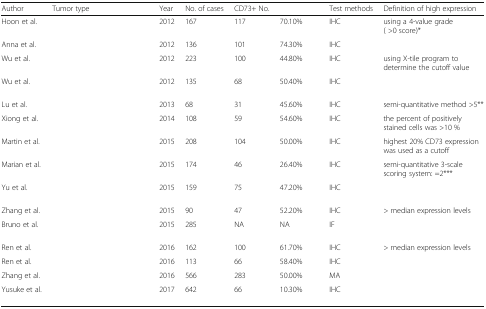
<table><thead><tr><td><b>Author</b></td><td><b>Tumor type</b></td><td><b>Year</b></td><td><b>No. of cases</b></td><td><b>CD73+ No.</b></td><td>[EMPTY_CELL]</td><td><b>Test methods</b></td><td><b>Definition of high expression</b></td></tr></thead><tbody><tr><td>Hoon et al.</td><td>[EMPTY_CELL]</td><td>2012</td><td>167</td><td>117</td><td>70.10%</td><td>IHC</td><td>using a 4-value grade ( &gt;0 score)*</td></tr><tr><td>Anna et al.</td><td>[EMPTY_CELL]</td><td>2012</td><td>136</td><td>101</td><td>74.30%</td><td>IHC</td><td>[EMPTY_CELL]</td></tr><tr><td>Wu et al.</td><td>[EMPTY_CELL]</td><td>2012</td><td>223</td><td>100</td><td>44.80%</td><td>IHC</td><td>using X-tile program to determine the cutoff value</td></tr><tr><td>Wu et al.</td><td>[EMPTY_CELL]</td><td>2012</td><td>135</td><td>68</td><td>50.40%</td><td>IHC</td><td>[EMPTY_CELL]</td></tr><tr><td>Lu et al.</td><td>[EMPTY_CELL]</td><td>2013</td><td>68</td><td>31</td><td>45.60%</td><td>IHC</td><td>semi-quantitative method &gt;5**</td></tr><tr><td>Xiong et al.</td><td>[EMPTY_CELL]</td><td>2014</td><td>108</td><td>59</td><td>54.60%</td><td>IHC</td><td>the percent of positively stained cells was &gt;10 %</td></tr><tr><td>Martin et al.</td><td>[EMPTY_CELL]</td><td>2015</td><td>208</td><td>104</td><td>50.00%</td><td>IHC</td><td>highest 20% CD73 expression was used as a cutoff</td></tr><tr><td>Marian et al.</td><td>[EMPTY_CELL]</td><td>2015</td><td>174</td><td>46</td><td>26.40%</td><td>IHC</td><td>semi-quantitative 3-scale scoring system: =2***</td></tr><tr><td>Yu et al.</td><td>[EMPTY_CELL]</td><td>2015</td><td>159</td><td>75</td><td>47.20%</td><td>IHC</td><td>[EMPTY_CELL]</td></tr><tr><td>Zhang et al.</td><td>[EMPTY_CELL]</td><td>2015</td><td>90</td><td>47</td><td>52.20%</td><td>IHC</td><td>&gt; median expression levels</td></tr><tr><td>Bruno et al.</td><td>[EMPTY_CELL]</td><td>2015</td><td>285</td><td>NA</td><td>NA</td><td>IF</td><td>[EMPTY_CELL]</td></tr><tr><td>Ren et al.</td><td>[EMPTY_CELL]</td><td>2016</td><td>162</td><td>100</td><td>61.70%</td><td>IHC</td><td>&gt; median expression levels</td></tr><tr><td>Ren et al.</td><td>[EMPTY_CELL]</td><td>2016</td><td>113</td><td>66</td><td>58.40%</td><td>IHC</td><td>[EMPTY_CELL]</td></tr><tr><td>Zhang et al.</td><td>[EMPTY_CELL]</td><td>2016</td><td>566</td><td>283</td><td>50.00%</td><td>MA</td><td>[EMPTY_CELL]</td></tr><tr><td>Yusuke et al.</td><td>[EMPTY_CELL]</td><td>2017</td><td>642</td><td>66</td><td>10.30%</td><td>IHC</td><td>[EMPTY_CELL]</td></tr></tbody></table>